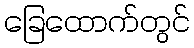
ခြေထောက်တွင်